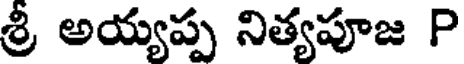
శ్రీ అయ్యప్ప నిత్యపూజ P